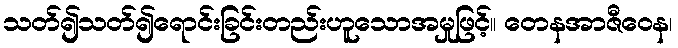
သတ်၍သတ်၍ရောင်းခြင်းတည်းဟူသောအမှုဖြင့်။ တေနအာဇီဝေန၊